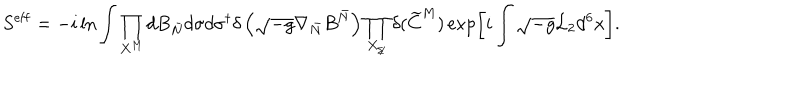
LaTeX: S ^ { \mathrm { e f f } } = - i \ln \int \prod _ { X ^ { M } } d B _ { \bar { N } } d \sigma d \sigma ^ { \dagger } \delta \left( \sqrt { - g } \nabla _ { \bar { N } } B ^ { \bar { N } } \right) \prod _ { X _ { / \! / } } \delta ( \widetilde C ^ { M } ) \exp \left[ i \int \sqrt { - g } { \cal L } _ { 2 } d ^ { 6 } x \right] .